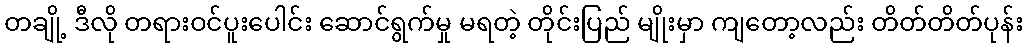
တချို့ ဒီလို တရားဝင်ပူးပေါင်း ဆောင်ရွက်မှု မရတဲ့ တိုင်းပြည် မျိုးမှာ ကျတော့လည်း တိတ်တိတ်ပုန်း